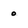
Character: 0